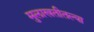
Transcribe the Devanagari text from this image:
मुलाखतीतल्या